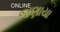
જણાયા